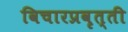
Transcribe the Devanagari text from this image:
विचारप्रवृत्ती